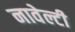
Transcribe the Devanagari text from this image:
नावेल्टी